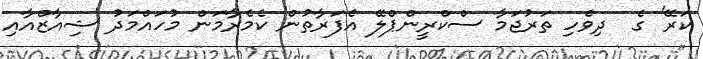
ކަރޭ' ގެ  ދިވެހި ތަރުޖަމާ ސްކްރީންޕްލޭ އެފަރާތުން ކެމެރާމަން މުހައްމަދު ޝިއާޒްއާއި